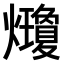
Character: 𤓇